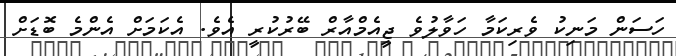
ހަސަން މަނިކު ވެރިކަމާ ހަވާލުވެ ޖީއެމްއާރް ބޭރުކުރީ އެވެ. އެކަމަށް އެންމެ ބޮޑަށް